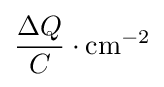
{\frac {\Delta Q}{C}}\cdot \mathrm {cm} ^{-2}